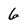
Character: 6